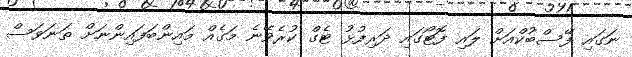
ނަގައި ފޭސްބުކްއަށް ލައި ފޮޓޯގައި ދަރިފުޅު ޓެގް ކުރެވޭނެ މަގެއް މައިންބަފައިންނަށް ތަނަވަސް